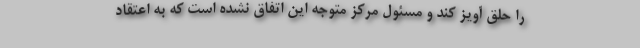
را حلق آویز ‌کند و مسئول مرکز متوجه این اتفاق نشده است که به اعتقاد